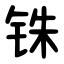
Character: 铢